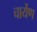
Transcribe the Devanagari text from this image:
चार्येण